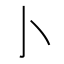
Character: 𰍨